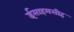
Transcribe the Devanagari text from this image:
ईसाहमसीह